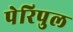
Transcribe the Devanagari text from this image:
पेरिपुल